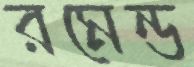
রমেন্ড